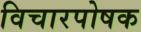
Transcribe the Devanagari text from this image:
विचारपोषक